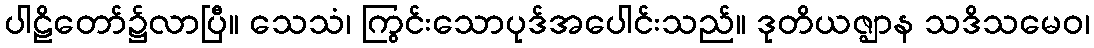
ပါဠိတော်၌လာပြီ။ သေသံ၊ ကြွင်းသောပုဒ်အပေါင်းသည်။ ဒုတိယဇ္ဈာန သဒိသမေဝ၊